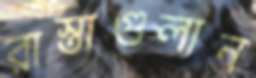
রাস্তাগুলান